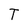
Character: T